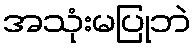
အသုံးမပြုဘဲ